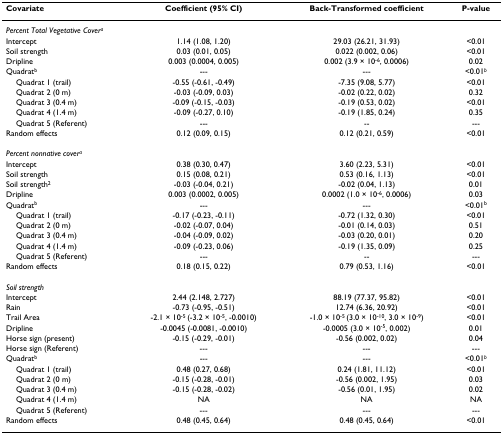
<table><thead><tr><td><b>Covariate</b></td><td><b>Coefficient (95% CI)</b></td><td><b>Back-Transformed coefficient</b></td><td><b>P-value</b></td></tr></thead><tbody><tr><td colspan="4"><i>Percent Total Vegetative Cover</i><sup><i>a</i></sup></td></tr><tr><td>Intercept</td><td>1.14 (1.08, 1.20)</td><td>29.03 (26.21, 31.93)</td><td>&lt;0.01</td></tr><tr><td>Soil strength</td><td>0.03 (0.01, 0.05)</td><td>0.022 (0.002, 0.06)</td><td>&lt;0.01</td></tr><tr><td>Dripline</td><td>0.003 (0.0004, 0.005)</td><td>0.002 (3.9 × 10<sup>-6</sup>, 0.0006)</td><td>0.02</td></tr><tr><td>Quadrat<sup>b</sup></td><td>---</td><td>---</td><td>&lt;0.01<sup><i>b</i></sup></td></tr><tr><td> Quadrat 1 (trail)</td><td>-0.55 (-0.61, -0.49)</td><td>-7.35 (9.08, 5.77)</td><td>&lt;0.01</td></tr><tr><td> Quadrat 2 (0 m)</td><td>-0.03 (-0.09, 0.03)</td><td>-0.02 (0.22, 0.02)</td><td>0.32</td></tr><tr><td> Quadrat 3 (0.4 m)</td><td>-0.09 (-0.15, -0.03)</td><td>-0.19 (0.53, 0.02)</td><td>&lt;0.01</td></tr><tr><td> Quadrat 4 (1.4 m)</td><td>-0.09 (-0.27, 0.10)</td><td>-0.19 (1.85, 0.24)</td><td>0.35</td></tr><tr><td> Quadrat 5 (Referent)</td><td>---</td><td>--</td><td>---</td></tr><tr><td>Random effects</td><td>0.12 (0.09, 0.15)</td><td>0.12 (0.21, 0.59)</td><td>&lt;0.01</td></tr><tr><td colspan="4"><i>Percent nonnative cover</i><sup><i>a</i></sup></td></tr><tr><td>Intercept</td><td>0.38 (0.30, 0.47)</td><td>3.60 (2.23, 5.31)</td><td>&lt;0.01</td></tr><tr><td>Soil strength</td><td>0.15 (0.08, 0.21)</td><td>0.53 (0.16, 1.13)</td><td>&lt;0.01</td></tr><tr><td>Soil strength<sup>2</sup></td><td>-0.03 (-0.04, 0.21)</td><td>-0.02 (0.04, 1.13)</td><td>0.01</td></tr><tr><td>Dripline</td><td>0.003 (0.0002, 0.005)</td><td>0.0002 (1.0 × 10<sup>-6</sup>, 0.0006)</td><td>0.03</td></tr><tr><td>Quadrat<sup>b</sup></td><td>---</td><td>---</td><td>&lt;0.01<sup>b</sup></td></tr><tr><td> Quadrat 1 (trail)</td><td>-0.17 (-0.23, -0.11)</td><td>-0.72 (1.32, 0.30)</td><td>&lt;0.01</td></tr><tr><td> Quadrat 2 (0 m)</td><td>-0.02 (-0.07, 0.04)</td><td>-0.01 (0.14, 0.03)</td><td>0.51</td></tr><tr><td> Quadrat 3 (0.4 m)</td><td>-0.04 (-0.09, 0.02)</td><td>-0.03 (0.20, 0.01)</td><td>0.20</td></tr><tr><td> Quadrat 4 (1.4 m)</td><td>-0.09 (-0.23, 0.06)</td><td>-0.19 (1.35, 0.09)</td><td>0.25</td></tr><tr><td> Quadrat 5 (Referent)</td><td>---</td><td>--</td><td>---</td></tr><tr><td>Random effects</td><td>0.18 (0.15, 0.22)</td><td>0.79 (0.53, 1.16)</td><td>&lt;0.01</td></tr><tr><td colspan="4"><i>Soil strength</i></td></tr><tr><td>Intercept</td><td>2.44 (2.148, 2.727)</td><td>88.19 (77.37, 95.82)</td><td>&lt;0.01</td></tr><tr><td>Rain</td><td>-0.73 (-0.95, -0.51)</td><td>12.74 (6.36, 20.92)</td><td>&lt;0.01</td></tr><tr><td>Trail Area</td><td>-2.1 × 10<sup>-5 </sup>(-3.2 × 10<sup>-5</sup>, -0.0010)</td><td>-1.0 × 10<sup>-5 </sup>(3.0 × 10<sup>-10</sup>, 3.0 × 10<sup>-9</sup>)</td><td>&lt;0.01</td></tr><tr><td>Dripline</td><td>-0.0045 (-0.0081, -0.0010)</td><td>-0.0005 (3.0 × 10<sup>-5</sup>, 0.002)</td><td>0.01</td></tr><tr><td>Horse sign (present)</td><td>-0.15 (-0.29, -0.01)</td><td>-0.56 (0.002, 0.02)</td><td>0.04</td></tr><tr><td>Horse sign (Referent)</td><td>---</td><td>---</td><td>---</td></tr><tr><td>Quadrat<sup>b</sup></td><td>---</td><td>---</td><td>&lt;0.01<sup><i>b</i></sup></td></tr><tr><td> Quadrat 1 (trail)</td><td>0.48 (0.27, 0.68)</td><td>0.24 (1.81, 11.12)</td><td>&lt;0.01</td></tr><tr><td> Quadrat 2 (0 m)</td><td>-0.15 (-0.28, -0.01)</td><td>-0.56 (0.002, 1.95)</td><td>0.03</td></tr><tr><td> Quadrat 3 (0.4 m)</td><td>-0.15 (-0.28, -0.02)</td><td>-0.56 (0.01, 1.95)</td><td>0.02</td></tr><tr><td> Quadrat 4 (1.4 m)</td><td>NA</td><td>NA</td><td>NA</td></tr><tr><td> Quadrat 5 (Referent)</td><td>---</td><td>---</td><td>---</td></tr><tr><td>Random effects</td><td>0.48 (0.45, 0.64)</td><td>0.48 (0.45, 0.64)</td><td>&lt;0.01</td></tr></tbody></table>